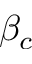
\beta _ { c }